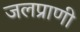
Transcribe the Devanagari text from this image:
जलप्राणी